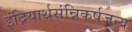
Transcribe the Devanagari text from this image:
इंद्रियार्थसंन्निकर्षजन्य